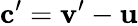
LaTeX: \mathbf c^{\prime}=\mathbf v^{\prime}-\mathbf u